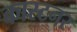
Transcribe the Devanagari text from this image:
कास्टनर